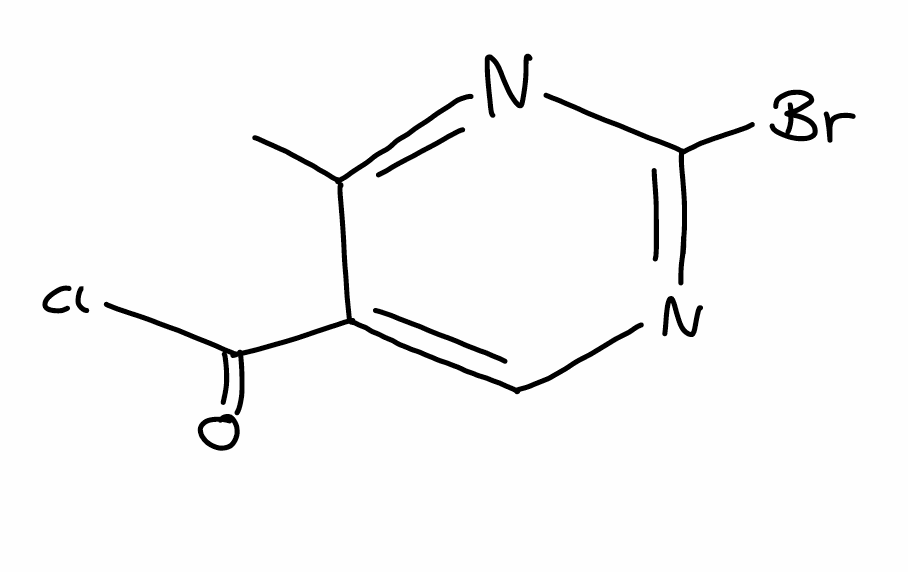
Simplified molecular-input line-entry system (SMILES) notation of the given molecule:
CC1=NC(=NC=C1C(=O)Cl)Br